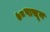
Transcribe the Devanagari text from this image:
७८पासून